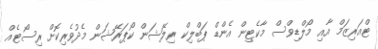
ޓްއަރިޒަމް އާއި މޯލްޑިވްސް މާކެޓިން އެންޑް ޕަބްލިކް ރިލޭޝަން ކޯޕަރޭޝަން މެދުވެރިކޮށް ރިސޯޓެއް